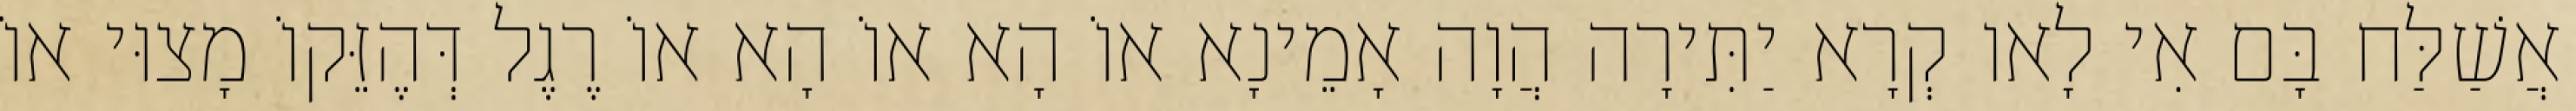
אֲשַׁלַּח בָּם אִי לָאו קְרָא יַתִּירָה הֲוָה אָמֵינָא אוֹ הָא אוֹ הָא אוֹ רֶגֶל דְּהֶזֵּקוֹ מָצוּי אוֹ